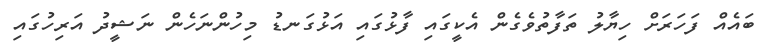
ބައެއް ފަހަރަށް ހިޔާލު ތަފާތުވެގެން އެކީގައި ފާޅުގައި އަޅުގަނޑު މިހުންނަހެން ނަޝީދު އަރިހުގައި